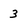
Character: 3